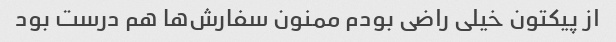
از پیکتون خیلی راضی بودم ممنون سفارش‌ها هم درست بود